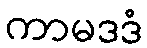
ကာမဒဒံ